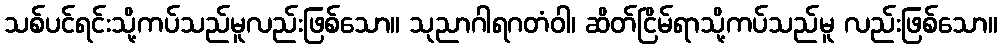
သစ်ပင်ရင်းသို့ကပ်သည်မူလည်းဖြစ်သော။ သုညာဂါရဂတံဝါ၊ ဆိတ်ငြိမ်ရာသို့ကပ်သည်မူ လည်းဖြစ်သော။